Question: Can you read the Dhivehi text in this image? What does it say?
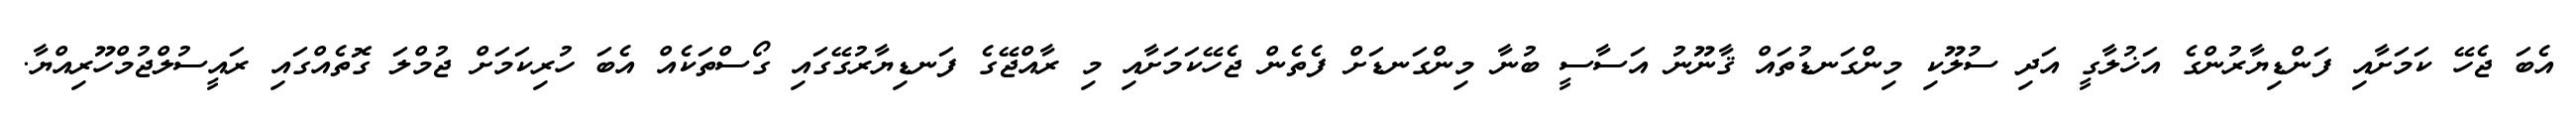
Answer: އެބަ ޖެހޭ ކަމަށާއި ފަންޑިޔާރުންގެ އަޚުލާގީ އަދި ސުލޫކި މިންގަނޑުތައް ޤާނޫނު އަސާސީ ބުނާ މިންގަނޑަށް ފެތެން ޖެހޭކަމަށާއި މި ރާއްޖޭގެ ފަނޑިޔާރުގޭގައި ގޯސްތަކެއް އެބަ ހުރިކަމަށް ޖުމްލަ ގޮތެއްގައި ރައީސުލްޖުމްހޫރިއްޔާ.